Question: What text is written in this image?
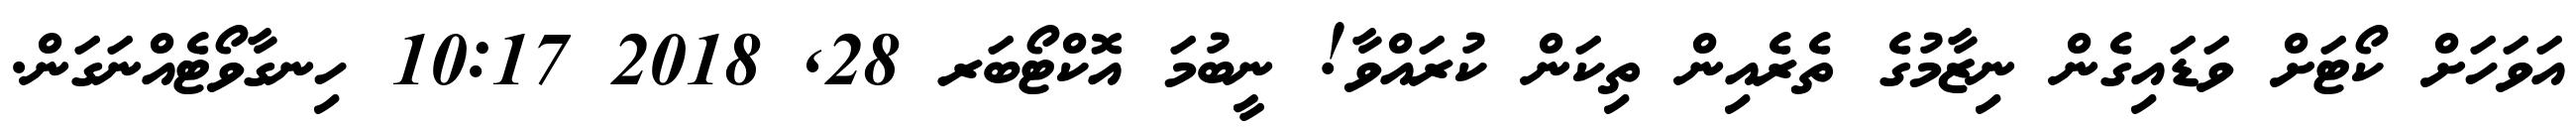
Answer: އަވަހަށް ކޯޓަށް ވަޑައިގެން ނިޒާމުގެ ތެރެއިން ތިކަން ކުރައްވާ! ނީބުމަ އޮކްޓޯބަރ 28, 2018 10:17 ހިނގާވޯޓެއްނަގަން.